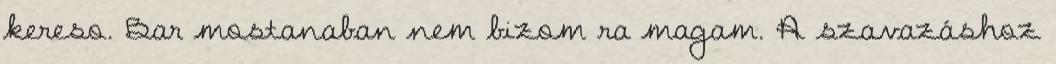
kereso. Bar mostanaban nem bizom ra magam. A szavazáshoz